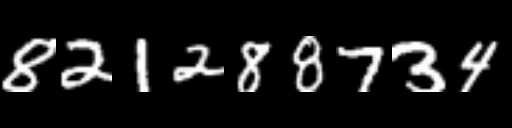
Text: 821288734